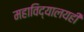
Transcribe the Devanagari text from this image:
महाविद्यालयही